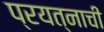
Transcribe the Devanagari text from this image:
प्रयत्नाची